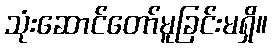
သုံးဆောင်တော်မူခြင်းမရှိ။